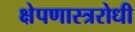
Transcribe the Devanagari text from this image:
क्षेपणास्त्ररोधी